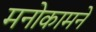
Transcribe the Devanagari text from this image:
मनोकामने